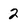
Character: 2